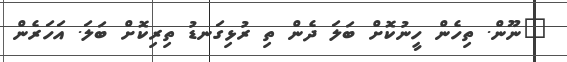
"ނޫން. ތިހެން ހީނުކޮށް ބަލަ ދެން ތި ރުޅިގަނޑު ތިރިކޮށް ބަލަ. އަހަރެން